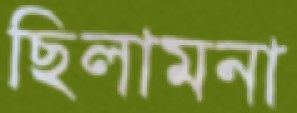
ছিলামনা